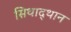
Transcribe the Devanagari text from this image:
सिथाद्थान